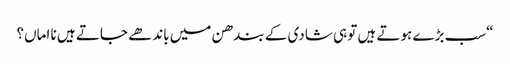
“سب بڑے ہوتے ہیں تو ہی شادی کے بندھن میں باندھے جاتے ہیں نا اماں؟